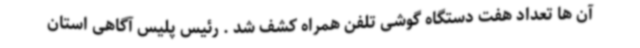
آن ها تعداد هفت دستگاه گوشی تلفن همراه کشف شد . رئیس پلیس آگاهی استان